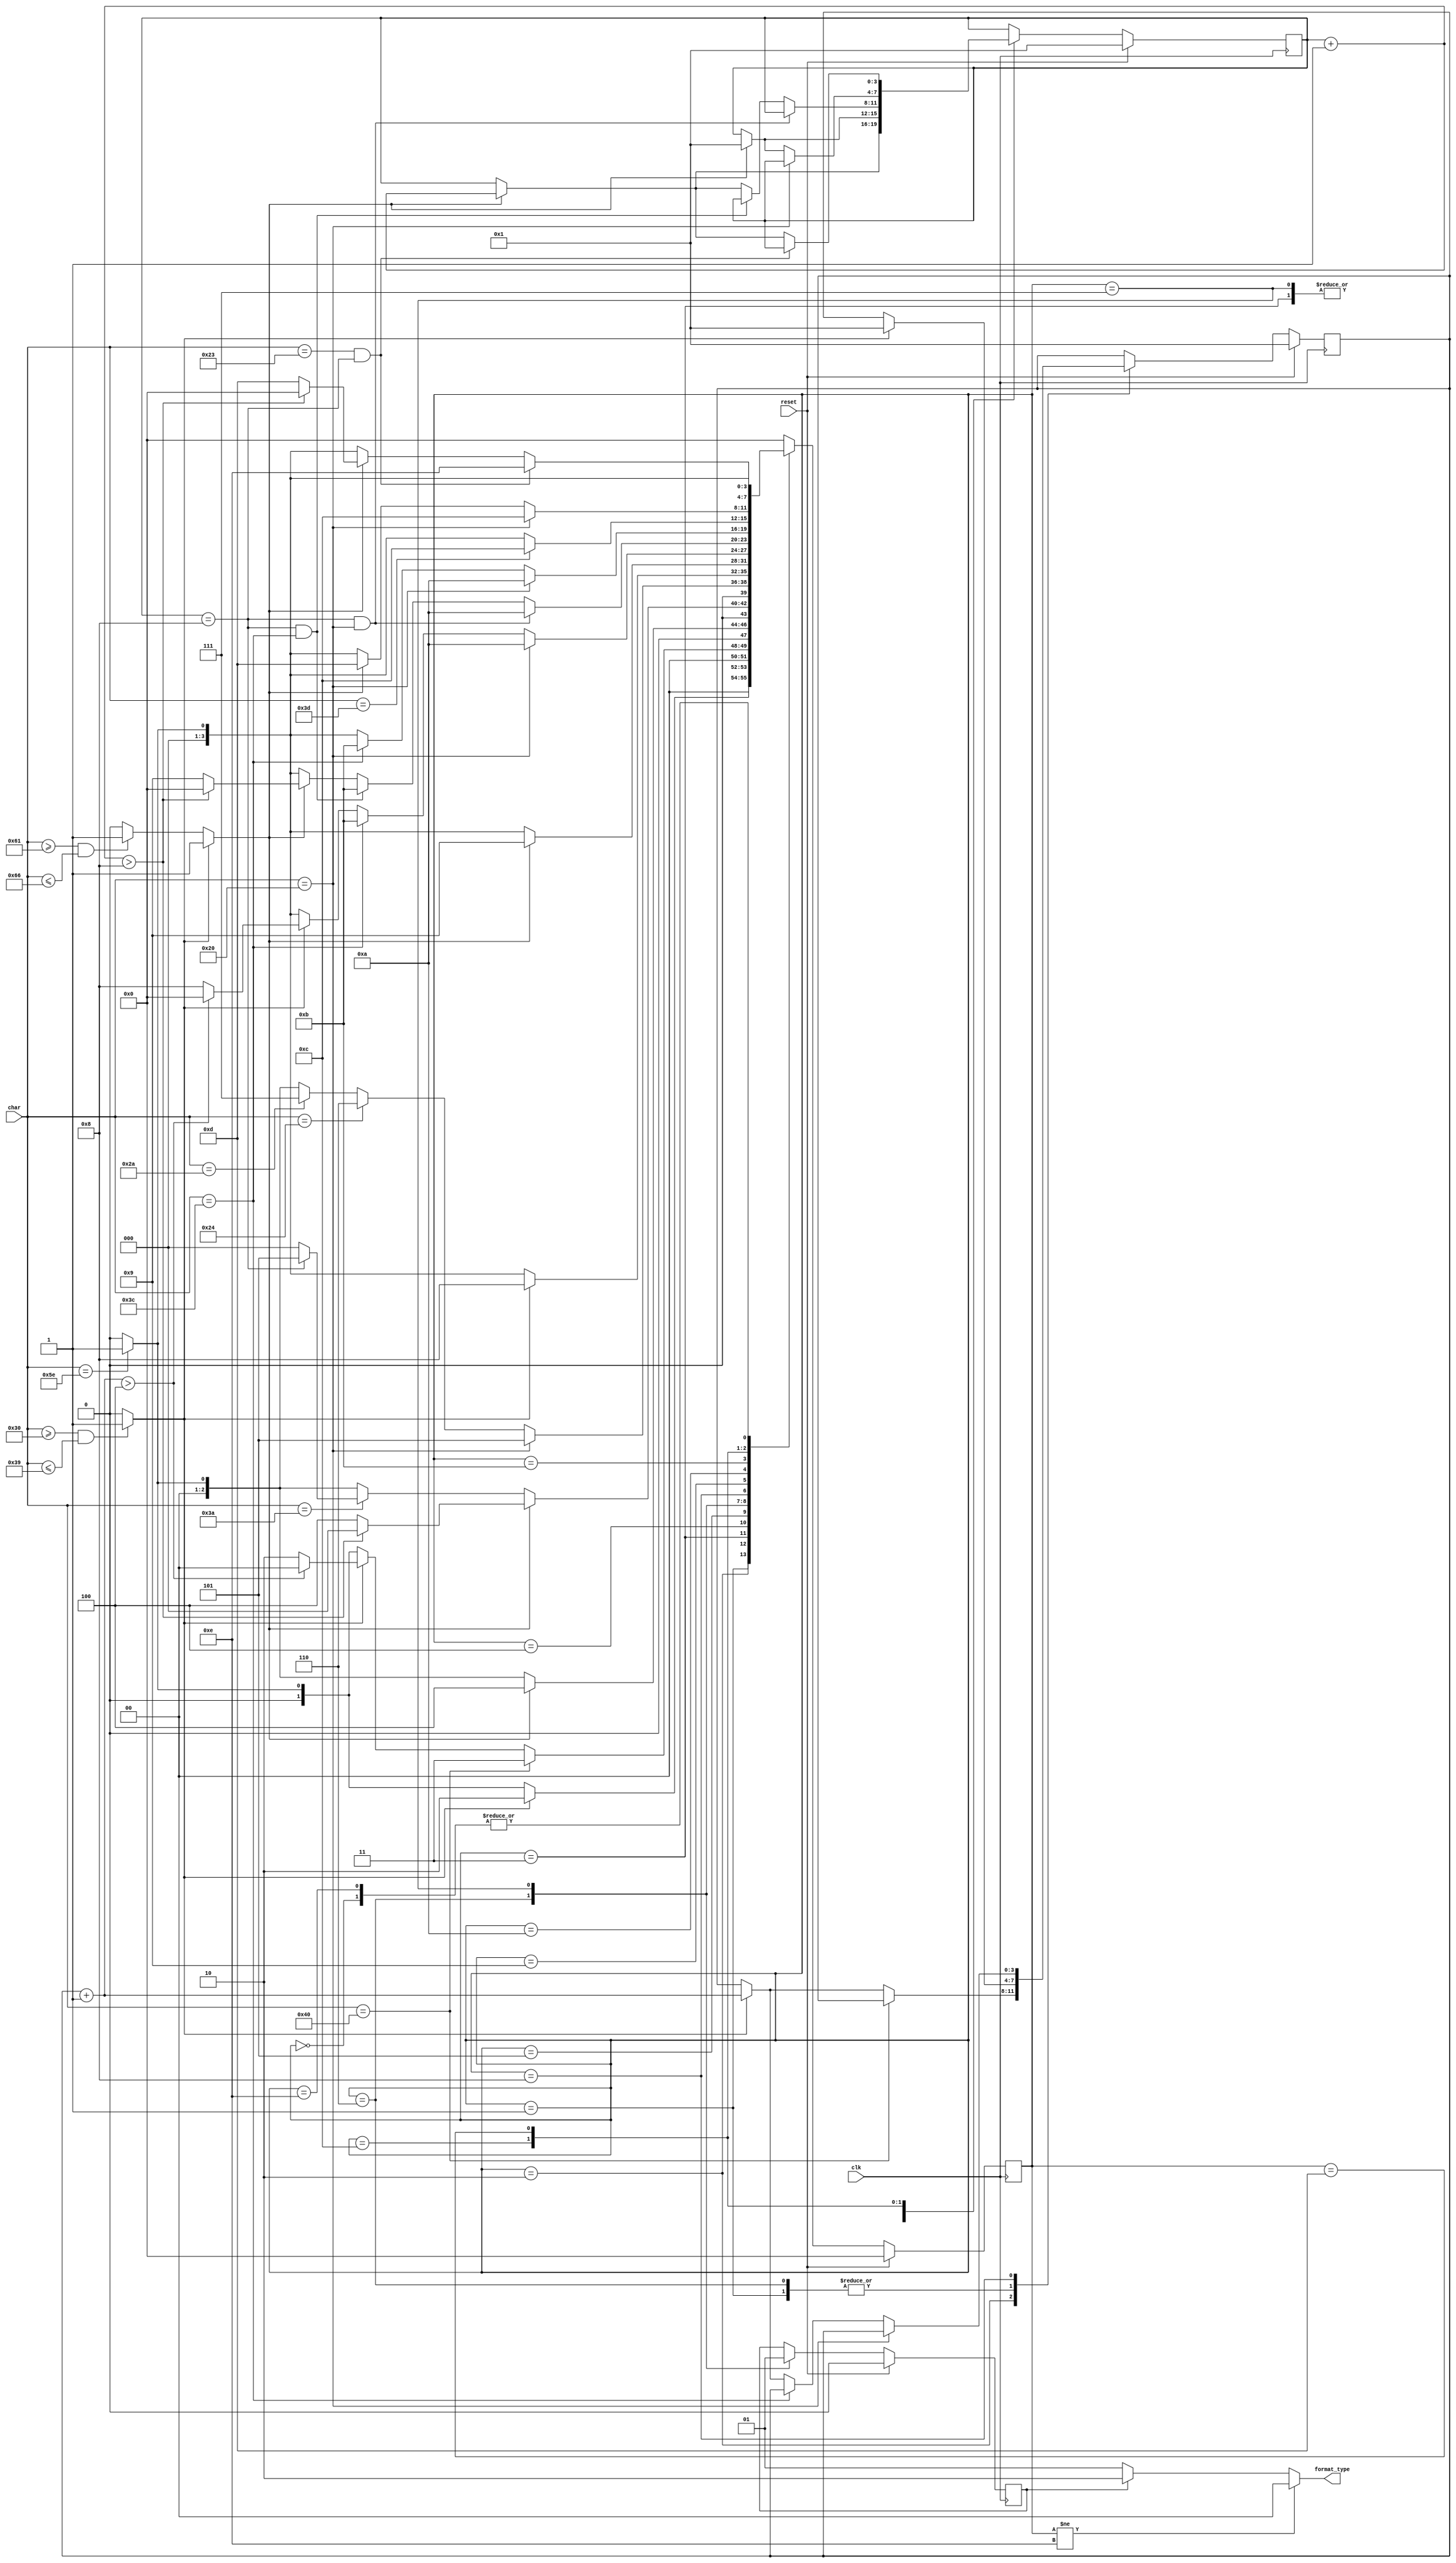
module cpu_checker(
    input clk,
    input reset,
    input [7:0] char,
    output [1:0] format_type
    );

    parameter YES = 1'b1;
    parameter N0 = 1'b0;
    
    reg [3:0] status;
    reg [3:0] deccnt;
    reg [3:0] hexcnt;
    reg type;      
    wire isdec;
    wire ishex;

    assign isdec = (char >= "0" && char <= "9") ? 1'b1 : 1'b0; 
    assign ishex = (isdec == 1'b1) ? 1'b1 :
                 (char >= "a" && char <= "f") ? 1'b1 : 1'b0;
    
   
    assign format_type = (status != 4'd14) ? 2'b00 :
                         (type == 1'b0) ? 2'b01 : 2'b10; 
    

    always @ (posedge clk) begin
        if(reset == 1'b1) begin
            status <= 4'd0;
            deccnt <= 4'd1;
            hexcnt <= 4'd1;
            type <= 1'b0;
        end
        else begin
            case(status)
                4'd0: begin
                    if(char == "^") status <= 4'd1;
                    else status <= 4'd0;
                end
                4'd1: begin
                    if(isdec == YES) begin
                        deccnt <= 4'd1;
                        status <= 4'd2;
                    end            
                    else if(char == "^") status <= 4'd1;
                    else status <= 4'd0;
                end
                4'd2: begin
                    if(char == "@") status <= 4'd3;
                    else if(isdec == YES) begin
                        deccnt <= deccnt + 4'd1;
                        if(deccnt + 4'd1 > 4'd4) status <= 4'd0;
                        else status <= 4'd2;
                    end
                    else if(char == "^") status <= 4'd1;
                    else status <= 4'd0;
                end
                4'd3: begin
                    if(ishex == YES) begin
                        hexcnt <= 4'd1;
                        status <= 4'd4;
                    end
                    else if(char == "^") status <= 4'd1;
                    else status <= 4'd0;
                end
                4'd4: begin
                    if(ishex == YES) begin
                        hexcnt <= hexcnt + 4'd1;
                        if(hexcnt + 4'd1 > 4'd8) status <= 4'd0;
                        else status <= 4'd4;
                    end
                    else if(char == ":") begin
                        if(hexcnt == 4'd8) status <= 4'd5;
                        else status <= 4'd0;
                    end
                    else if(char == "^") status <= 4'd1;
                    else status <= 4'd0;   
                end
                4'd5: begin
                    if(char == " ") status <= 4'd5;
                    else if(char == "$") status <= 4'd6;
                    else if(char == "*") status <= 4'd7;
                    else if(char == "^") status <= 4'd1;
                    else status <= 4'd0;
                end
                4'd6: begin
                    type <= 1'b0;
                    if(isdec == YES) begin
                        deccnt <= 4'd1;
                        status <= 4'd8;
                    end            
                    else if(char == "^") status <= 4'd1;
                    else status <= 4'd0;
                end
                4'd7: begin 
                    type <= 1'b1;
                    if(ishex == YES) begin
                        hexcnt <= 4'd1;
                        status <= 4'd9;
                    end
                    else if(char == "^") status <= 4'd1;
                    else status <= 4'd0;
                end
                4'd8: begin
                    if(char == " ") status <= 4'd10;
                    else if(char == "<") status <= 4'd11;
                    else if(isdec == YES) begin
                        deccnt <= deccnt + 4'd1;
                        if(deccnt + 4'd1 > 4'd4) status <= 4'd0;
                        else status <= 4'd8;
                    end
                    else if(char == "^") status <= 4'd1;
                    else status <= 4'd0;
                end
                4'd9: begin 
                    if(hexcnt == 4'd8 && char == " ") status <= 4'd10;
                    else if(hexcnt == 4'd8 && char == "<") status <= 4'd11;
                    else if(ishex == YES) begin
                        hexcnt <= hexcnt + 4'd1;
                        if(hexcnt + 4'd1 > 4'd8) status <= 4'd0;
                        else status <= 4'd9;
                    end
                    else if(char == "^") status <= 4'd1;
                    else status <= 4'd0;
                end
                4'd10: begin
                    if(char == " ") status <= 4'd10;
                    else if(char == "<") status<= 4'd11;
                    else if(char == "^") status <= 4'd1;
                    else status <= 4'd0;
                end
                4'd11: begin 
                    if(char == "=") status <= 4'd12;
                    else if(char == "^") status <= 4'd1;
                    else status <= 4'd0;
                end    
                4'd12: begin
                    if(char == " ") status <= 4'd12;
                    else if(ishex == YES) begin
                        hexcnt <= 4'd1;
                        status <= 4'd13;
                    end
                    else if(char == "^") status <= 4'd1;
                    else status <= 4'd0;    
                end
                4'd13: begin
                    if(char == "#" && hexcnt == 4'd8) status <= 4'd14;
                    else if(ishex == YES) begin
                        hexcnt <= hexcnt +4'd1;
                        if(hexcnt + 4'd1 > 4'd8) status <= 4'd0;
                        else status <= 4'd13;
                    end    
                    else if(char == "^") status <= 4'd1;
                    else status <= 4'd0;
                end    
                4'd14: begin
                    if(char == "^") status <= 4'd1;
                    else status <= 4'd0;
                end
                default: status <= 4'd0;

            endcase
        
        end

    end

endmodule